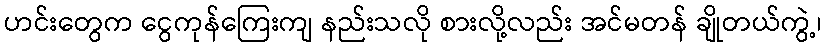
ဟင်းတွေက ငွေကုန်ကြေးကျ နည်းသလို စားလို့လည်း အင်မတန် ချိုတယ်ကွဲ့၊